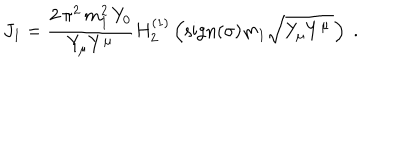
LaTeX: J _ { 1 } = \frac { 2 \, \pi ^ { 2 } \, m _ { 1 } ^ { 2 } \, Y _ { 0 } } { Y _ { \mu } Y ^ { \mu } } H _ { 2 } ^ { ( 1 ) } \left( \mathrm { s i g n } ( \sigma ) m _ { 1 } \sqrt { Y _ { \mu } Y ^ { \mu } \, } \right) \; .